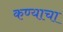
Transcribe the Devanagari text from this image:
कण्याचा